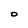
Character: O